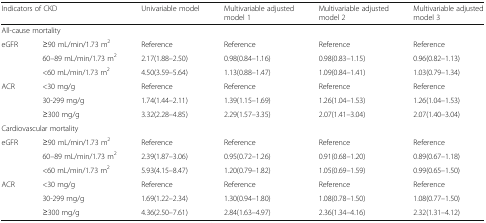
<table><thead><tr><td colspan="2"><b>Indicators of CKD</b></td><td><b>Univariable model</b></td><td><b>Multivariable adjusted model 1</b></td><td><b>Multivariable adjusted model 2</b></td><td><b>Multivariable adjusted model 3</b></td></tr></thead><tbody><tr><td colspan="6">All-cause mortality</td></tr><tr><td>eGFR</td><td>≥90 mL/min/1.73 m<sup>2</sup></td><td>Reference</td><td>Reference</td><td>Reference</td><td>Reference</td></tr><tr><td></td><td>60–89 mL/min/1.73 m<sup>2</sup></td><td>2.17(1.88–2.50)</td><td>0.98(0.84–1.16)</td><td>0.98(0.83–1.15)</td><td>0.96(0.82–1.13)</td></tr><tr><td></td><td>&lt;60 mL/min/1.73 m<sup>2</sup></td><td>4.50(3.59–5.64)</td><td>1.13(0.88–1.47)</td><td>1.09(0.84–1.41)</td><td>1.03(0.79–1.34)</td></tr><tr><td>ACR</td><td>&lt;30 mg/g</td><td>Reference</td><td>Reference</td><td>Reference</td><td>Reference</td></tr><tr><td></td><td>30-299 mg/g</td><td>1.74(1.44–2.11)</td><td>1.39(1.15–1.69)</td><td>1.26(1.04–1.53)</td><td>1.26(1.04–1.53)</td></tr><tr><td></td><td>≥300 mg/g</td><td>3.32(2.28–4.85)</td><td>2.29(1.57–3.35)</td><td>2.07(1.41–3.04)</td><td>2.07(1.40–3.04)</td></tr><tr><td colspan="6">Cardiovascular mortality</td></tr><tr><td>eGFR</td><td>≥90 mL/min/1.73 m<sup>2</sup></td><td>Reference</td><td>Reference</td><td>Reference</td><td>Reference</td></tr><tr><td></td><td>60–89 mL/min/1.73 m<sup>2</sup></td><td>2.39(1.87–3.06)</td><td>0.95(0.72–1.26)</td><td>0.91(0.68–1.20)</td><td>0.89(0.67–1.18)</td></tr><tr><td></td><td>&lt;60 mL/min/1.73 m<sup>2</sup></td><td>5.93(4.15–8.47)</td><td>1.20(0.79–1.82)</td><td>1.05(0.69–1.59)</td><td>0.99(0.65–1.50)</td></tr><tr><td>ACR</td><td>&lt;30 mg/g</td><td>Reference</td><td>Reference</td><td>Reference</td><td>Reference</td></tr><tr><td></td><td>30-299 mg/g</td><td>1.69(1.22–2.34)</td><td>1.30(0.94–1.80)</td><td>1.08(0.78–1.50)</td><td>1.08(0.77–1.50)</td></tr><tr><td></td><td>≥300 mg/g</td><td>4.36(2.50–7.61)</td><td>2.84(1.63–4.97)</td><td>2.36(1.34–4.16)</td><td>2.32(1.31–4.12)</td></tr></tbody></table>